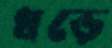
ধড়ে